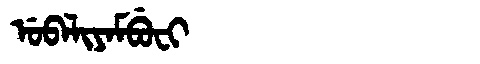
Manchu: ᡠᠪᠠᠯᡳᠶᠠᠮᠪᡠᠸᡳ
Romanization: UBALIYAMBUFI